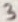
Text: 3